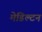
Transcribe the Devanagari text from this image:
मेडिल्टन